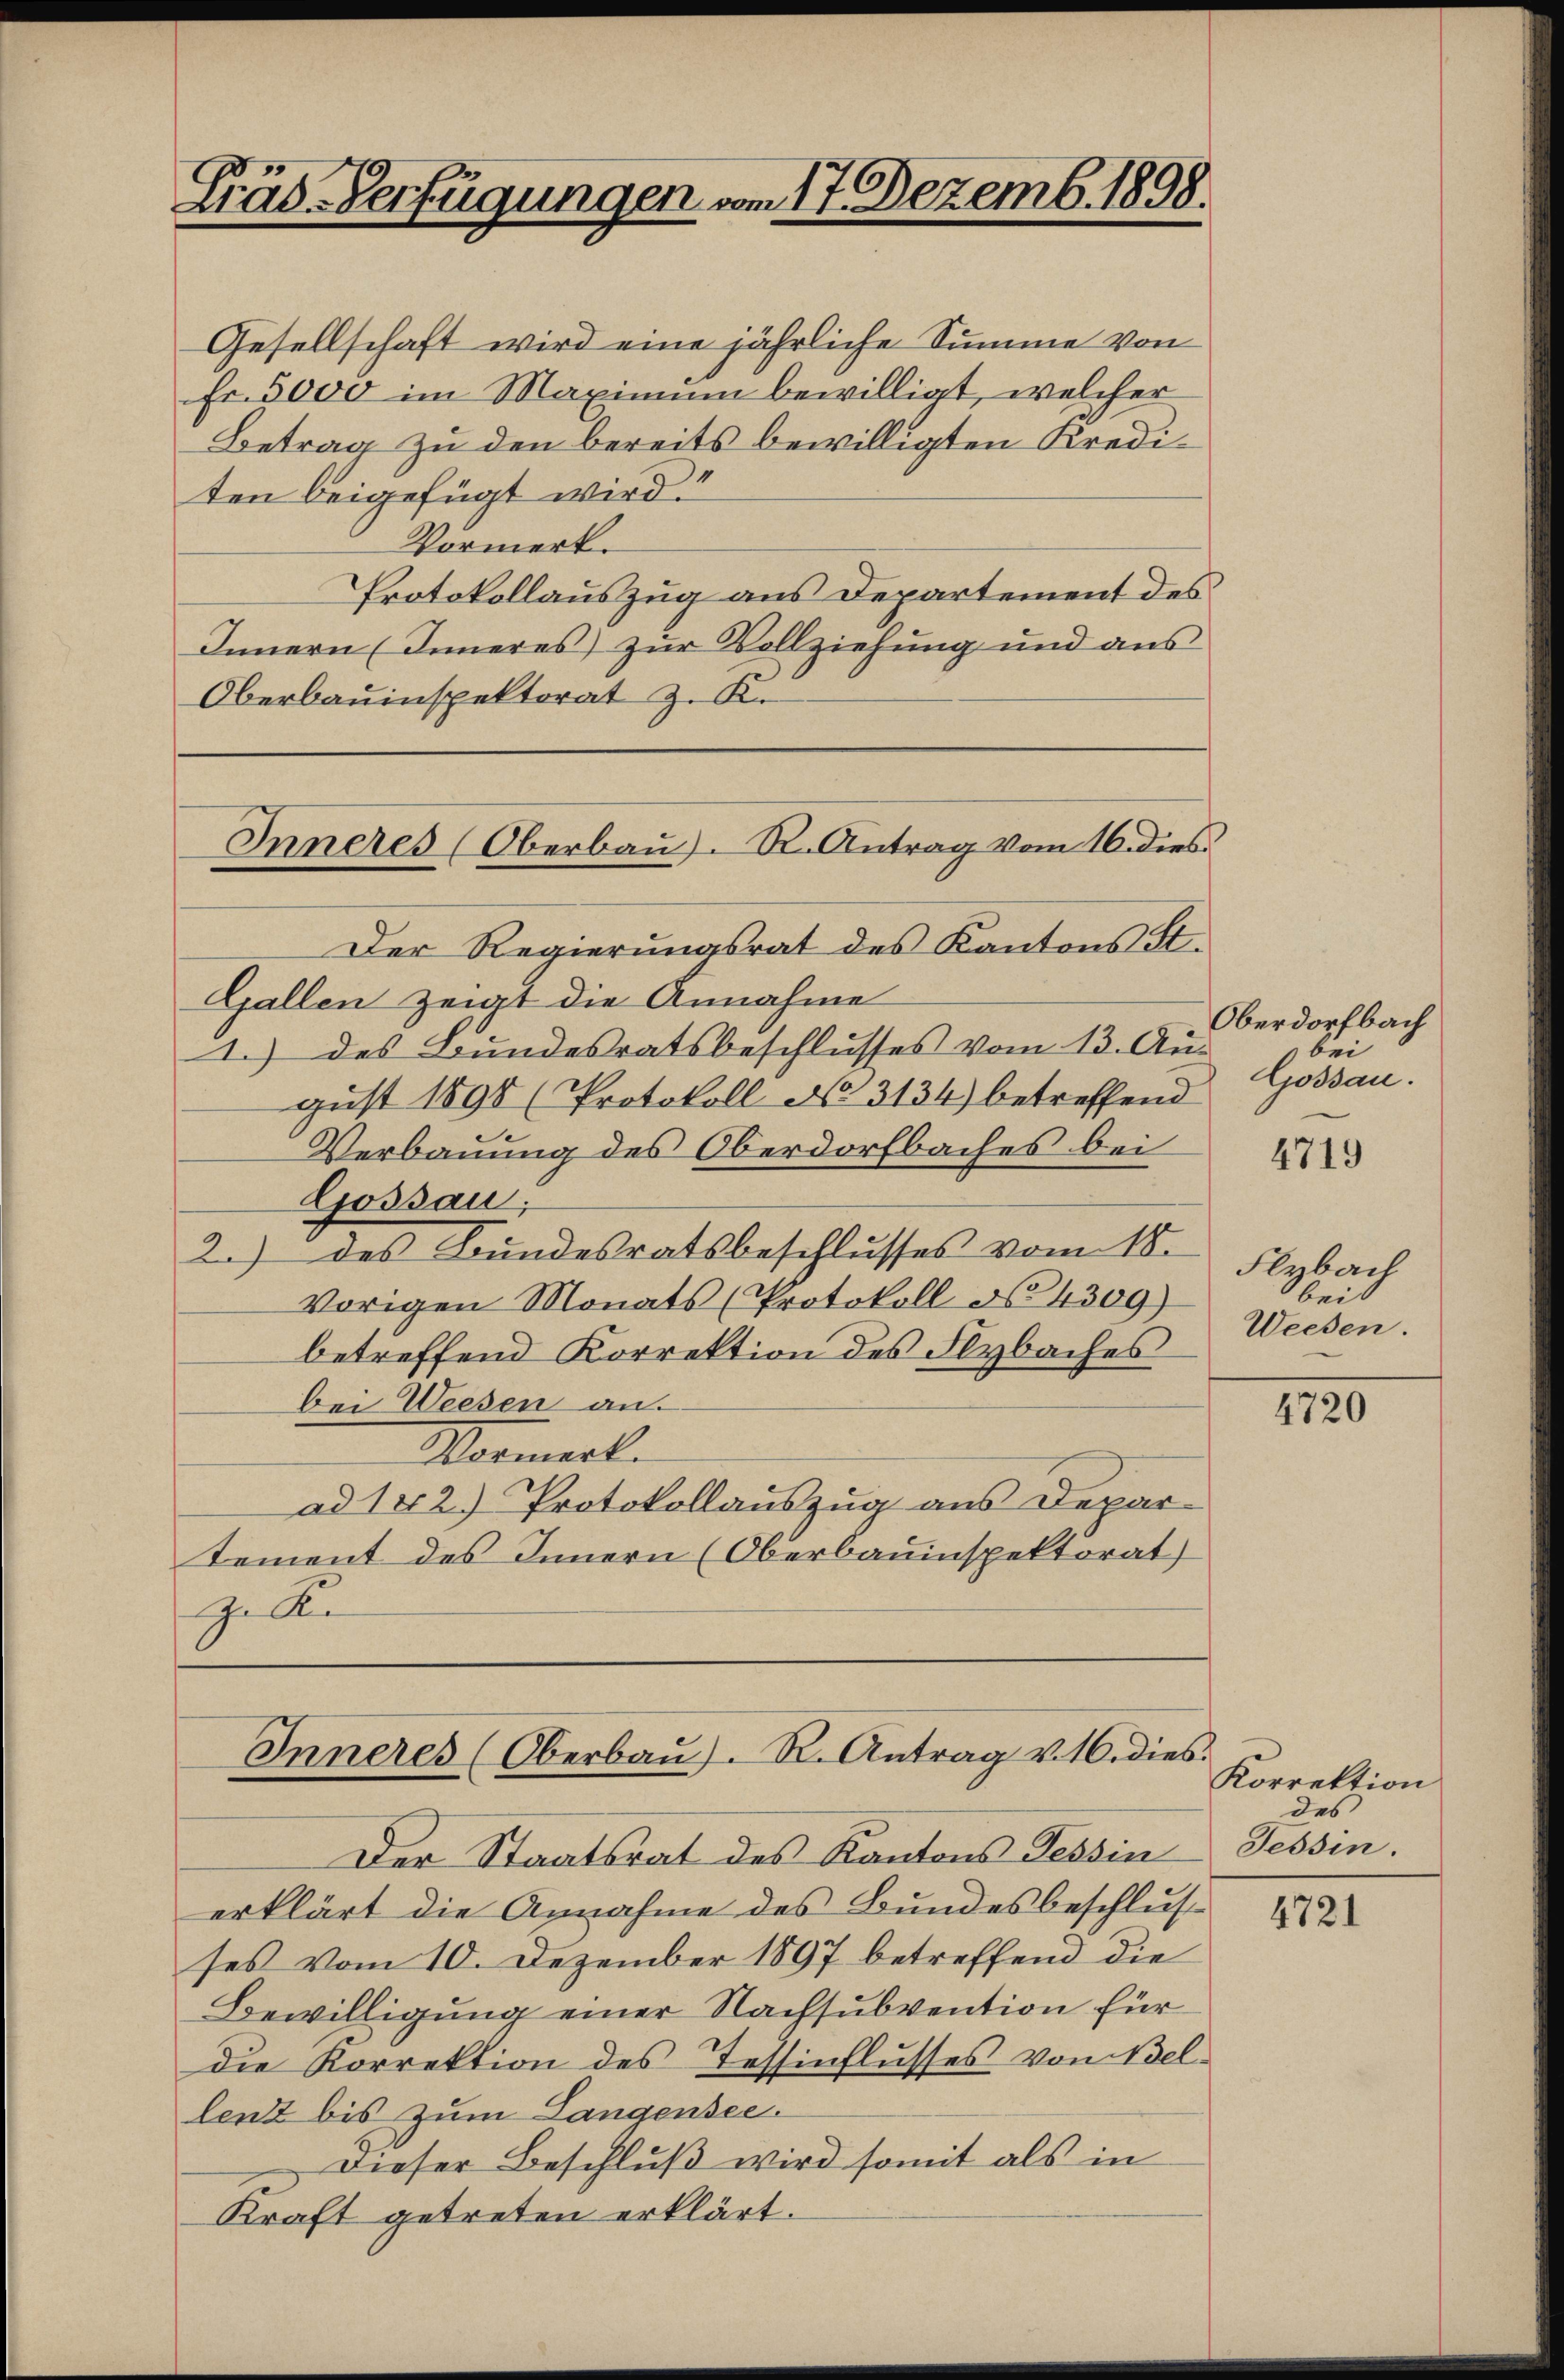
Gräd-Verfügungen vom 17. Dezemb. 1898.

Gesellschaft wird eine jährliche Summe von
fr. 5000 im Maximum bewilligt, welcher
Betrag zu den bereits bewilligten Krediten beigefügt wird.“
Vormerk.
Protokollauszug aus Departement des
Innern (Inneres zur Vollziehung und aus
Oberbauinspektorat z. K.

Inneres (Oberbaŭ). R. Antrag vom 10. dies

Inneres (Oberbaŭ). R. Antrag v. 10. dies

Der Regierungsrat des Kantons St.
Gallen zeigt die Annahme
1.) des Bundesratsbeschlusses vom 13. Aus
gust 1898 (Protokoll No 3134) betreffend
Verbauung des Oberdorfbaches bei
Gossau,
2.) des Bundesratsbeschlusses vom 18.
vorigen Monats (Protokoll No 4309)
betreffend Korrektion des Flybaches
bei Weesen an.
Vormerl
ad 102) Protokollauszug aus Depar-
tement des Innern (Oberbauinspektorat
G. Ar

Der Staatsrat des Kantons Tessin
erklärt die Annahme des Bundesbeschlusses vom 10. Dezember 1897 betreffend die
Bewilligung einer Nachsubvention für
die Korrektion des Tessinflusses von Bellent bis zum Landensee.
Dieser Beschluß wird somit als in
Kraft getreten erklärt.

Oberdorfbach
bei
Gossau.

4719

Flybach
beid
Weesen.

4720

Korrektion
des
Tessin.

4721